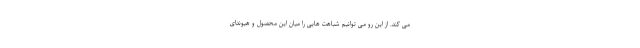
می کند. از این رو می توانیم شباهت هایی را میان این محصول و هیوندای